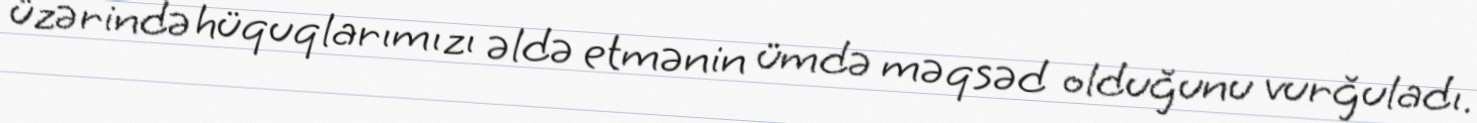
üzərində hüquqlarımızı əldə etmənin ümdə məqsəd olduğunu vurğuladı.